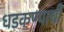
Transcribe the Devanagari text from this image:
धडकण्याची